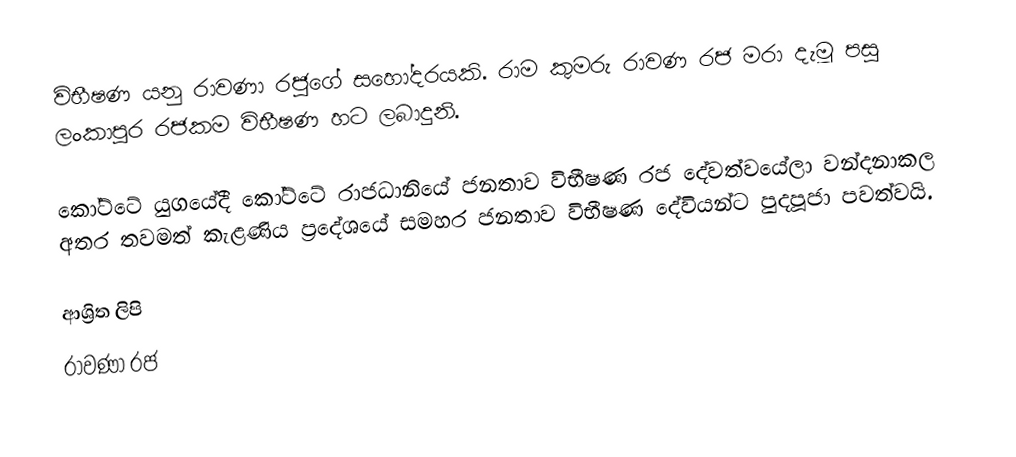
විභීෂණ යනු රාවණා රජුගේ සහෝදරයකි. රාම කුමරු  රාවණ රජ මරා දැමූ පසු ලංකාපුර රජකම විභීෂණ හට ලබාදුනි.

කෝට්ටේ යුගයේදී කෝට්ටේ රාජධානියේ ජනතාව විභීෂණ රජ දේවත්වයේලා වන්දනාකල අතර තවමත් කැළණිය ප්‍රදේශයේ සමහර ජනතාව  විභීෂණ දේවියන්ට පුදපූජා පවත්වයි.

ආශ්‍රිත ලිපි
 රාවණා රජ